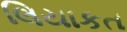
લિયાકત